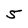
Character: 5